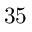
3 5